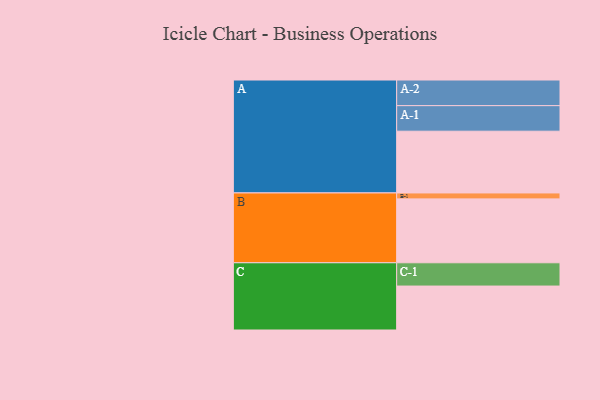
{"axis": {"x": "Segment", "y": "Value"}, "legend": ["", "A", "B", "C"], "data": [{"x": "A", "y": 520, "type": ""}, {"x": "B", "y": 538, "type": ""}, {"x": "C", "y": 370, "type": ""}, {"x": "A-1", "y": 215, "type": "A"}, {"x": "A-2", "y": 216, "type": "A"}, {"x": "B-1", "y": 50, "type": "B"}, {"x": "C-1", "y": 196, "type": "C"}]}